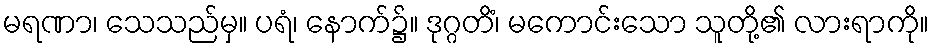
မရဏာ၊ သေသည်မှ။ ပရံ၊ နောက်၌။ ဒုဂ္ဂတိံ၊ မကောင်းသော သူတို့၏ လားရာကို။